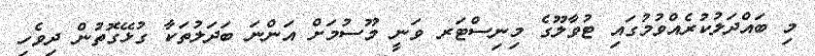
މި ބައްދަލުކުރެއްވުމުގައި ޓުވާލޫގެ މިނިސްޓަރ ވަނީ މޫސުމަށް އަންނަ ބަދަލުތަކާ ގުޅޭގޮތުން ދިވެހި